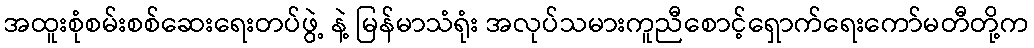
အထူးစုံစမ်းစစ်ဆေးရေးတပ်ဖွဲ့ နဲ့ မြန်မာသံရုံး အလုပ်သမားကူညီစောင့်ရှောက်ရေးကော်မတီတို့က